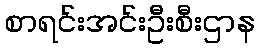
စာရင်းအင်းဦးစီးဌာန